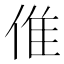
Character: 倠